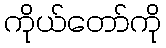
ကိုယ်တော်ကို